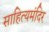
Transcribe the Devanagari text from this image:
साहित्यमंदिर